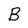
Character: B